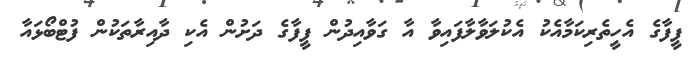
ފީފާގެ އެހީތެރިކަމާއެކު އެކުލަވާލާފައިވާ އާ ގަވާއިދުން ފީފާގެ ދަށުން އެކި ދާއިރާތަކުން ފުޓްބޯޅައާ